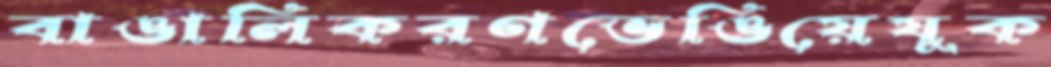
বাঙালিকরণভেঙিয়েযুক